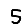
Digit: 5